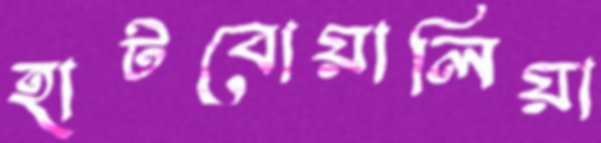
হাটবোয়ালিয়া